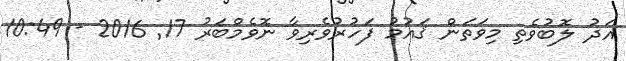
އަދު ލޮބުވެތި މިވަތަން ޤައުމު ފަހުރުވެރިވާ ނޮވެމްބަރު 17